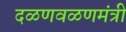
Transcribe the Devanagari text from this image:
दळणवळणमंत्री